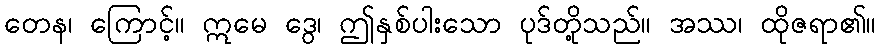
တေန၊ ကြောင့်။ ဣမေ ဒွေ၊ ဤနှစ်ပါးသော ပုဒ်တို့သည်။ အဿ၊ ထိုဇရာ၏။